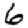
Digit: 6